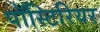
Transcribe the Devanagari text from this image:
पॉस्टिरियर